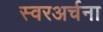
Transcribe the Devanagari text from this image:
स्वरअर्चना